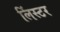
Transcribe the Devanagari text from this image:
लिंस्टर